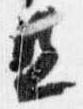
旦